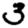
Digit: 3